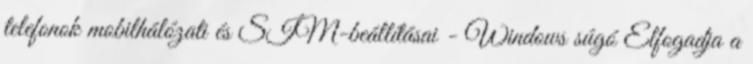
telefonok mobilhálózati és SIM-beállításai - Windows súgó Elfogadja a